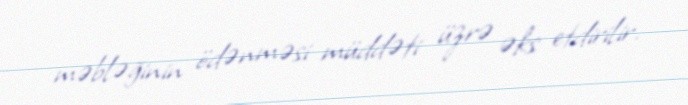
məbləğinin ödənməsi müddəti üzrə əks etdirilir.